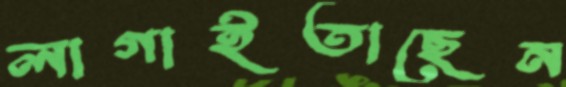
লাগাইতাছেন